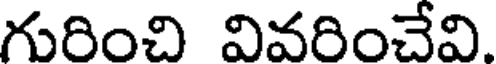
గురించి వివరించేవి.